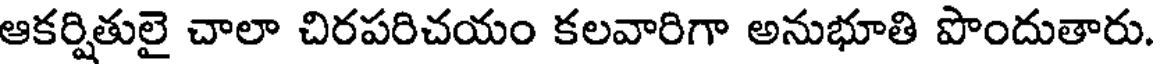
ఆకర్షితులై చాలా చిరపరిచయం కలవారిగా అనుభూతి పొందుతారు.